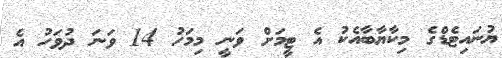
ޔުނައިޓެޑްގެ މިކާޔާބާއެކު އެ ޓީމަށް ވަނީ މިމަހު 14 ވަނަ ދުވަހު އެ